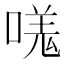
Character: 嗴